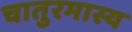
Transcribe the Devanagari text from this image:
चातुरमास्य